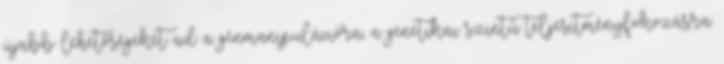
újabb lehetőségeket ad a génmanipulációra, a genetikai szintű teljesítményfokozásra.